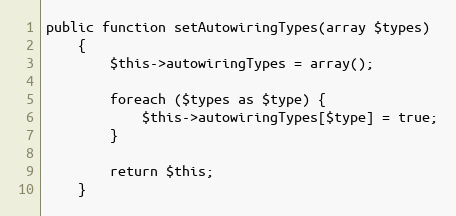
Language: PHP
public function setAutowiringTypes(array $types)
    {
        $this->autowiringTypes = array();

        foreach ($types as $type) {
            $this->autowiringTypes[$type] = true;
        }

        return $this;
    }